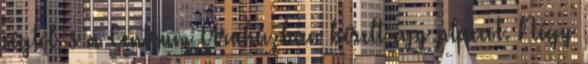
cégtôl, s a Centrum Áruházban bérelt egy placcot. Négy